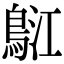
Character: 𪀤